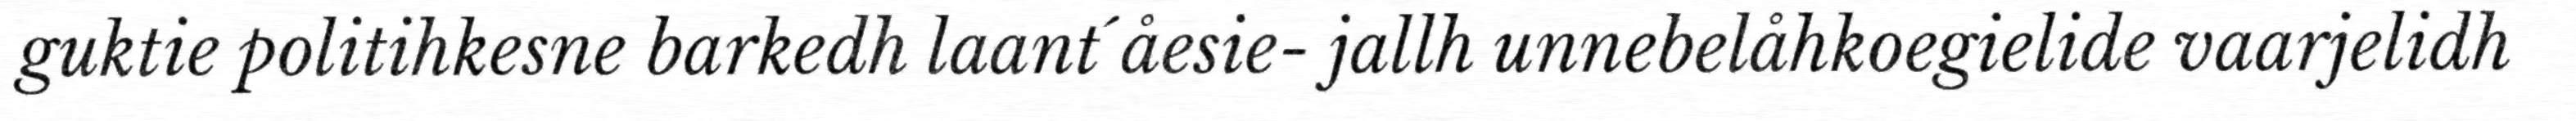
guktie politihkesne barkedh laant´åesie- jallh unnebelåhkoegielide vaarjelidh